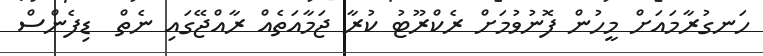
ހަނގުރާމައަށް މީހުން ފޮނުވުމަށް ރެކްރޫޓު ކުރާ ޖަމާއަތެއް ރާއްޖޭގައި ނެތް  ޑިފެންސް